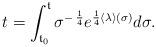
LaTeX: \begin{align*} t = \int_{{\frak t}_0}^{\frak t} \sigma^{- \: \frac14} e^{\frac14 \langle \lambda \rangle (\sigma)} d\sigma. \end{align*}